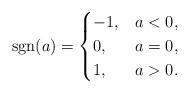
LaTeX: \begin{align*}{\rm sgn}(a) = \begin{cases}-1, & a < 0, \\0, & a = 0, \\1, & a > 0.\end{cases}\end{align*}